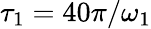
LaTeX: \tau_{1}=40\pi/\omega_{1}